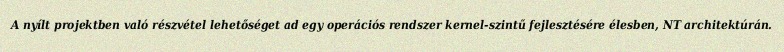
A nyílt projektben való részvétel lehetőséget ad egy operációs rendszer kernel-szintű fejlesztésére élesben, NT architektúrán.